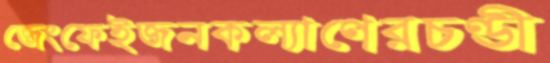
জেংফেইজনকল্যাণেরচণ্ডী